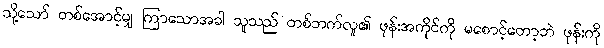
သို့သော် တစ်အောင့်မျှ ကြာသောအခါ သူသည် တစ်ဘက်လူ၏ ဖုန်းအကိုင်ကို မစောင့်တော့ဘဲ ဖုန်းကို